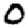
Digit: 0